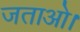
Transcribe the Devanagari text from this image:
जताओ।